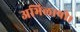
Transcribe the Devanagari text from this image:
अभिलाषी।